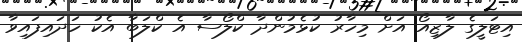
އިޓަލީގެ ލާޒިއޯ އަށް މިހާރު ކުޅެމުންދާ ކްލޯސާ އެ ކްލަބާ އެކު ހަދައިފައިވާ